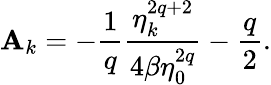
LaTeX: \mathbf{A}_{k}=-\frac{{1}}{{q}}\frac{{\eta_{k}^{2q+2}}}{{4\beta\eta_{0}^{2q}}}-\frac{{q}}{{2}}.